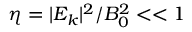
\eta = | E _ { k } | ^ { 2 } / B _ { 0 } ^ { 2 } < < 1